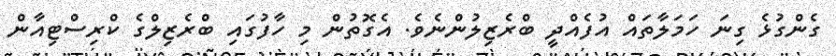
ގެންގުޅެ ގިނަ ހަމަލާތައް އުފެއްދީ ބްރެޒިލުންނެވެ. އެގޮތުން މި ހާފުގައި ބްރެޒިލްގެ ކްރިސްޓިއާން